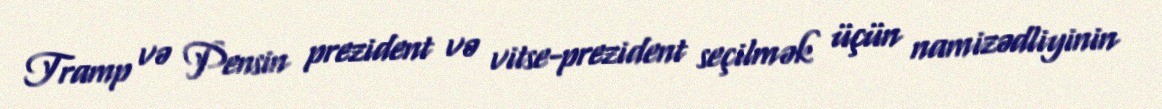
Tramp və Pensin prezident və vitse-prezident seçilmək üçün namizədliyinin